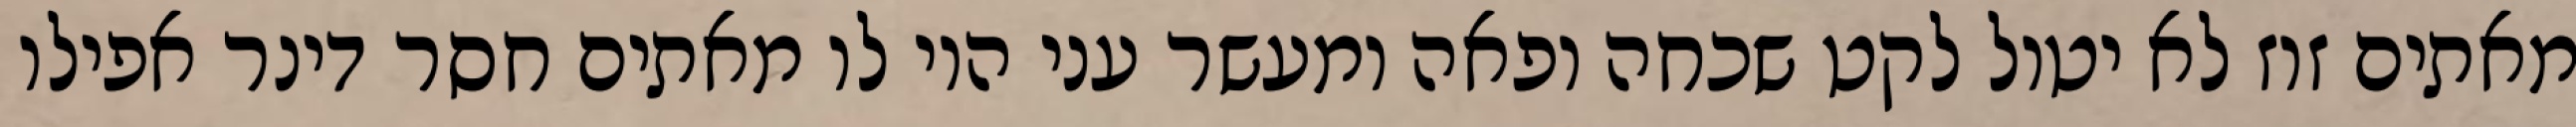
מאתים זוז לא יטול לקט שכחה ופאה ומעשר עני היו לו מאתים חסר דינר אפילו